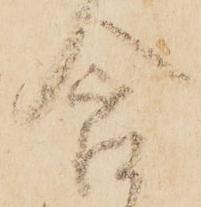
含